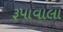
રૂપાવાલા